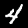
Label: 4